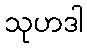
သုဟဒါ